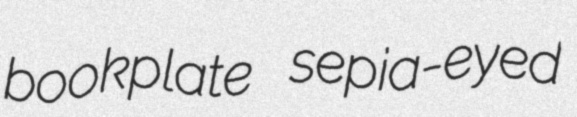
bookplate sepia-eyed